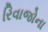
રિવાજોના